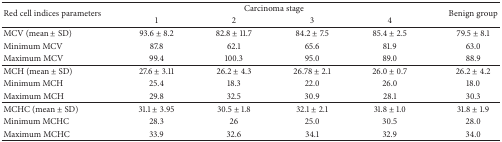
<table><thead><tr><td rowspan="2"><b>Red cell indices parameters</b></td><td colspan="4"><b>Carcinoma stage</b></td><td rowspan="2"><b>Benign group</b></td></tr><tr><td><b>1</b></td><td><b>2</b></td><td><b>3</b></td><td><b>4</b></td></tr></thead><tbody><tr><td>MCV (mean ± SD)</td><td>93.6 ± 8.2</td><td>82.8 ± 11.7</td><td>84.2 ± 7.5</td><td>85.4 ± 2.5</td><td>79.5 ± 8.1</td></tr><tr><td>Minimum MCV</td><td>87.8</td><td>62.1</td><td>65.6</td><td>81.9</td><td>63.0</td></tr><tr><td>Maximum MCV</td><td>99.4</td><td>100.3</td><td>95.0</td><td>89.0</td><td>88.9</td></tr><tr><td>MCH (mean ± SD)</td><td>27.6 ± 3.11</td><td>26.2 ± 4.3</td><td>26.78 ± 2.1</td><td>26.0 ± 0.7</td><td>26.2 ± 4.2</td></tr><tr><td>Minimum MCH</td><td>25.4</td><td>18.3</td><td>22.0</td><td>26.0</td><td>18.0</td></tr><tr><td>Maximum MCH</td><td>29.8</td><td>32.5</td><td>30.9</td><td>28.1</td><td>30.3</td></tr><tr><td>MCHC (mean ± SD)</td><td>31.1 ± 3.95</td><td>30.5 ± 1.8</td><td>32.1 ± 2.1</td><td>31.8 ± 1.0</td><td>31.8 ± 1.9</td></tr><tr><td>Minimum MCHC</td><td>28.3</td><td>26</td><td>25.0</td><td>30.5</td><td>28.0</td></tr><tr><td>Maximum MCHC</td><td>33.9</td><td>32.6</td><td>34.1</td><td>32.9</td><td>34.0</td></tr></tbody></table>